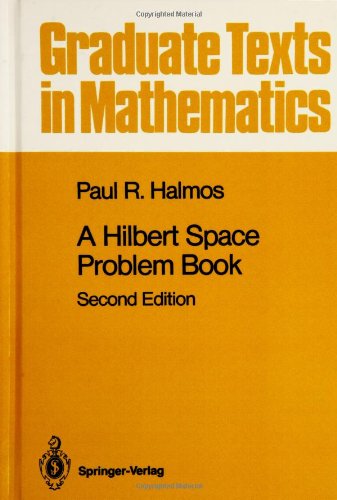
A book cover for A Hilbert Space Problem Book (Graduate Texts in Mathematics); P.R. Halmos; Science & Math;